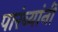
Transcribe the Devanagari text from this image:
पारंब्यांनी